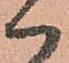
ハ